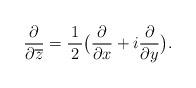
LaTeX: \begin{align*}\frac{\partial}{\partial \overline{z}} = \frac{\,1\,}{2} \big(\frac{\partial}{\partial x} + i \frac{\partial}{\partial y} \big).\end{align*}